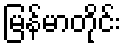
မြန်မာတိုင်း